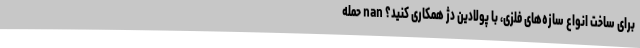
برای ساخت انواع سازه‌های فلزی، با پولادین دژ همکاری کنید؟ nan حمله